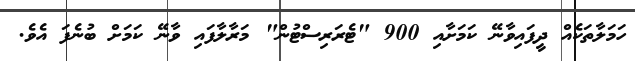
ހަމަލާތަކެއް ދީފައިވާނޭ ކަމަށާއި 900 "ޓެރަރިސްޓުން" މަރާލާފައި ވާނޭ ކަަމަށް ބުނެފަ އެވެ.